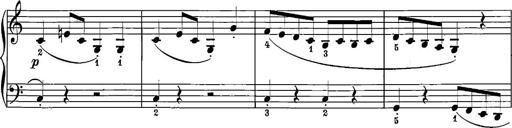
Title: 12 Sonatinas
Composer: Ignaz Pleyel